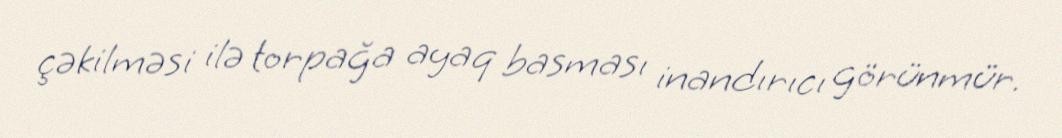
çəkilməsi ilə torpağa ayaq basması inandırıcı görünmür.